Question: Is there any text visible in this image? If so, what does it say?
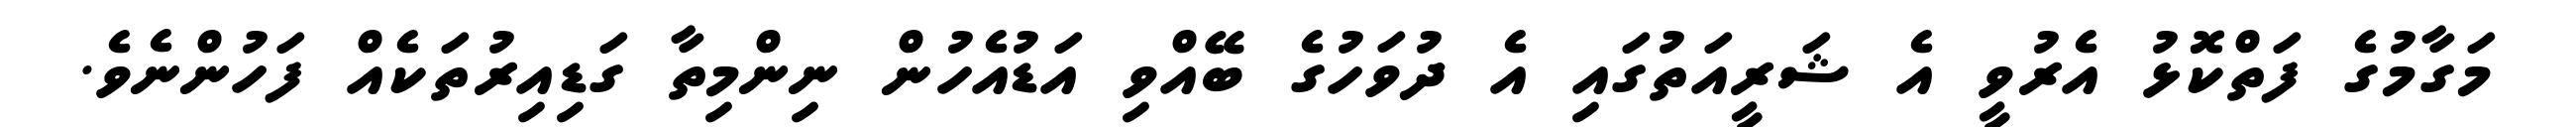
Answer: މަގާމުގެ ފަތްކޮޅު އެރުވީ އެ ޝަރީއަތުގައި އެ ދުވަހުގެ ބޭއްވި އަޑުއެހުން ނިންމިތާ ގަޑިއިރުތަކެއް ފަހުންނެވެ.